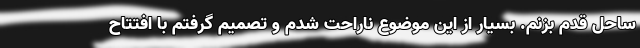
ساحل قدم بزنم. بسیار از این موضوع ناراحت شدم و تصمیم گرفتم با افتتاح